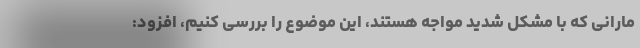
مارانی که با مشکل شدید مواجه هستند، این موضوع را بررسی کنیم، افزود: